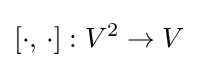
[\cdot ,\,\cdot ]:V^{2}\to V